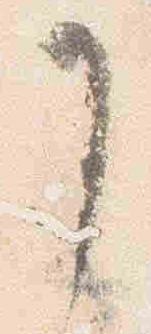
了